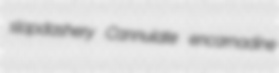
slapdashery Cannulate encarnadine